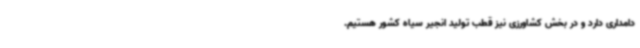
دامداری دارد و در بخش کشاورزی نیز قطب تولید انجیر سیاه کشور هستیم.